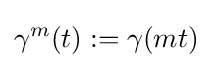
\gamma ^{m}(t):=\gamma (mt)